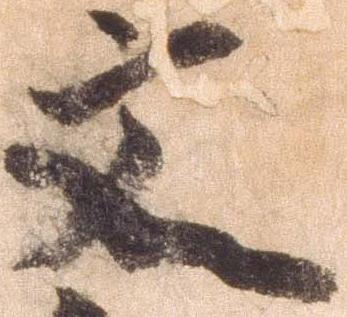
文